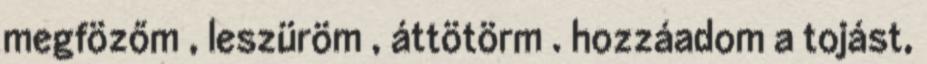
megfözőm , leszüröm , áttötörm . hozzáadom a tojást,